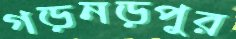
গড়নড়পুর